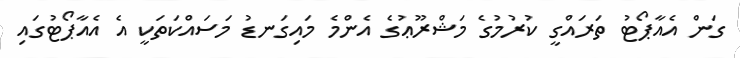
ގަން އެއާޕޯޓު ތަރައްގީ ކުރުމުގެ މަޝްރޫޢުގެ އެންމެ މައިގަނޑު މަސައްކަތަކީ އެ އެއާޕޯޓުގައި